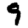
Digit: 9